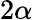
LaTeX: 2\alpha